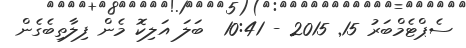
ސެޕްޓެމްބަރު 15